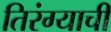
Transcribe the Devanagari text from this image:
तिरंग्याची